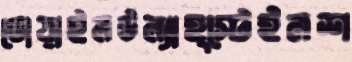
ডোয়াইলউল্যাহ্স্টেইনশ